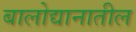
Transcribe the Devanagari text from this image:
बालोद्यानातील